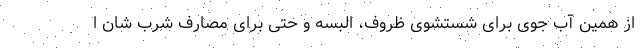
از همین آب جوی برای شستشوی ظروف، البسه و حتی برای مصارف شرب شان ا